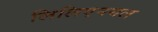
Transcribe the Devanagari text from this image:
लिलिएनथल